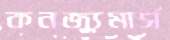
কনজ্যুমার্স